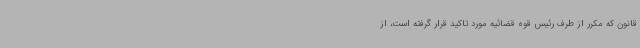
قانون که مکرر از طرف رئیس قوه قضائیه مورد تاکید قرار گرفته است، از